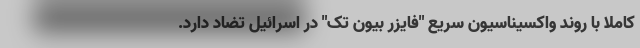
کاملا با روند واکسیناسیون سریع "فایزر بیون تک" در اسرائیل تضاد دارد.